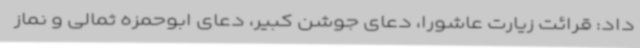
داد: قرائت زیارت عاشورا، دعای جوشن کبیر، دعای ابوحمزه ثمالی و نماز